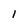
Character: l